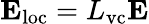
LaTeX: {\mathbf E}_{\mathrm{loc}}=L_{\mathrm{vc}}{\mathbf E}